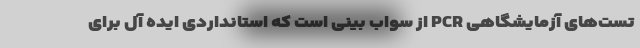
تست‌های آزمایشگاهی PCR از سواب بینی است که استانداردی ایده آل برای